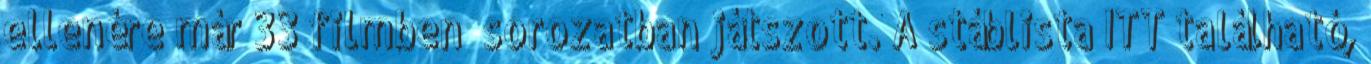
ellenére már 33 filmben sorozatban játszott. A stáblista ITT található,